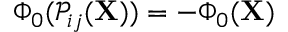
\Phi _ { 0 } ( \mathcal { P } _ { i j } ( \mathbf { X } ) ) = - \Phi _ { 0 } ( \mathbf { X } )